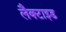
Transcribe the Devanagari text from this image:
लैक्टाइड